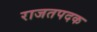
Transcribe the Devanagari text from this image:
राजतपदक